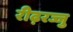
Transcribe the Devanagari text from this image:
रीढ़रज्जु